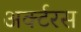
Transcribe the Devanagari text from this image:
अर्क्टरस